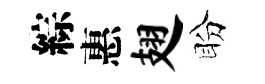
綜惠翅盼